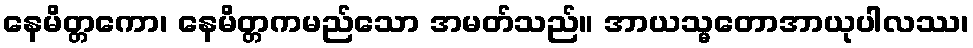
နေမိတ္တကော၊ နေမိတ္တကမည်သော အမတ်သည်။ အာယသ္မတောအာယုပါလဿ၊